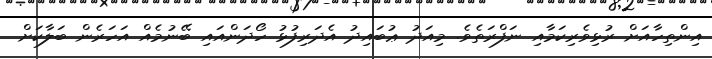
އިންތިހާއަށް ރުޅިވެރިކަމާއި ނަފްރަތެވެ. މިއަދު ޢުބައިދު އެދަރިފުޅު ހޯދަންއައި ބޭނުމެއް އަހަރެން ބަލާކަށް